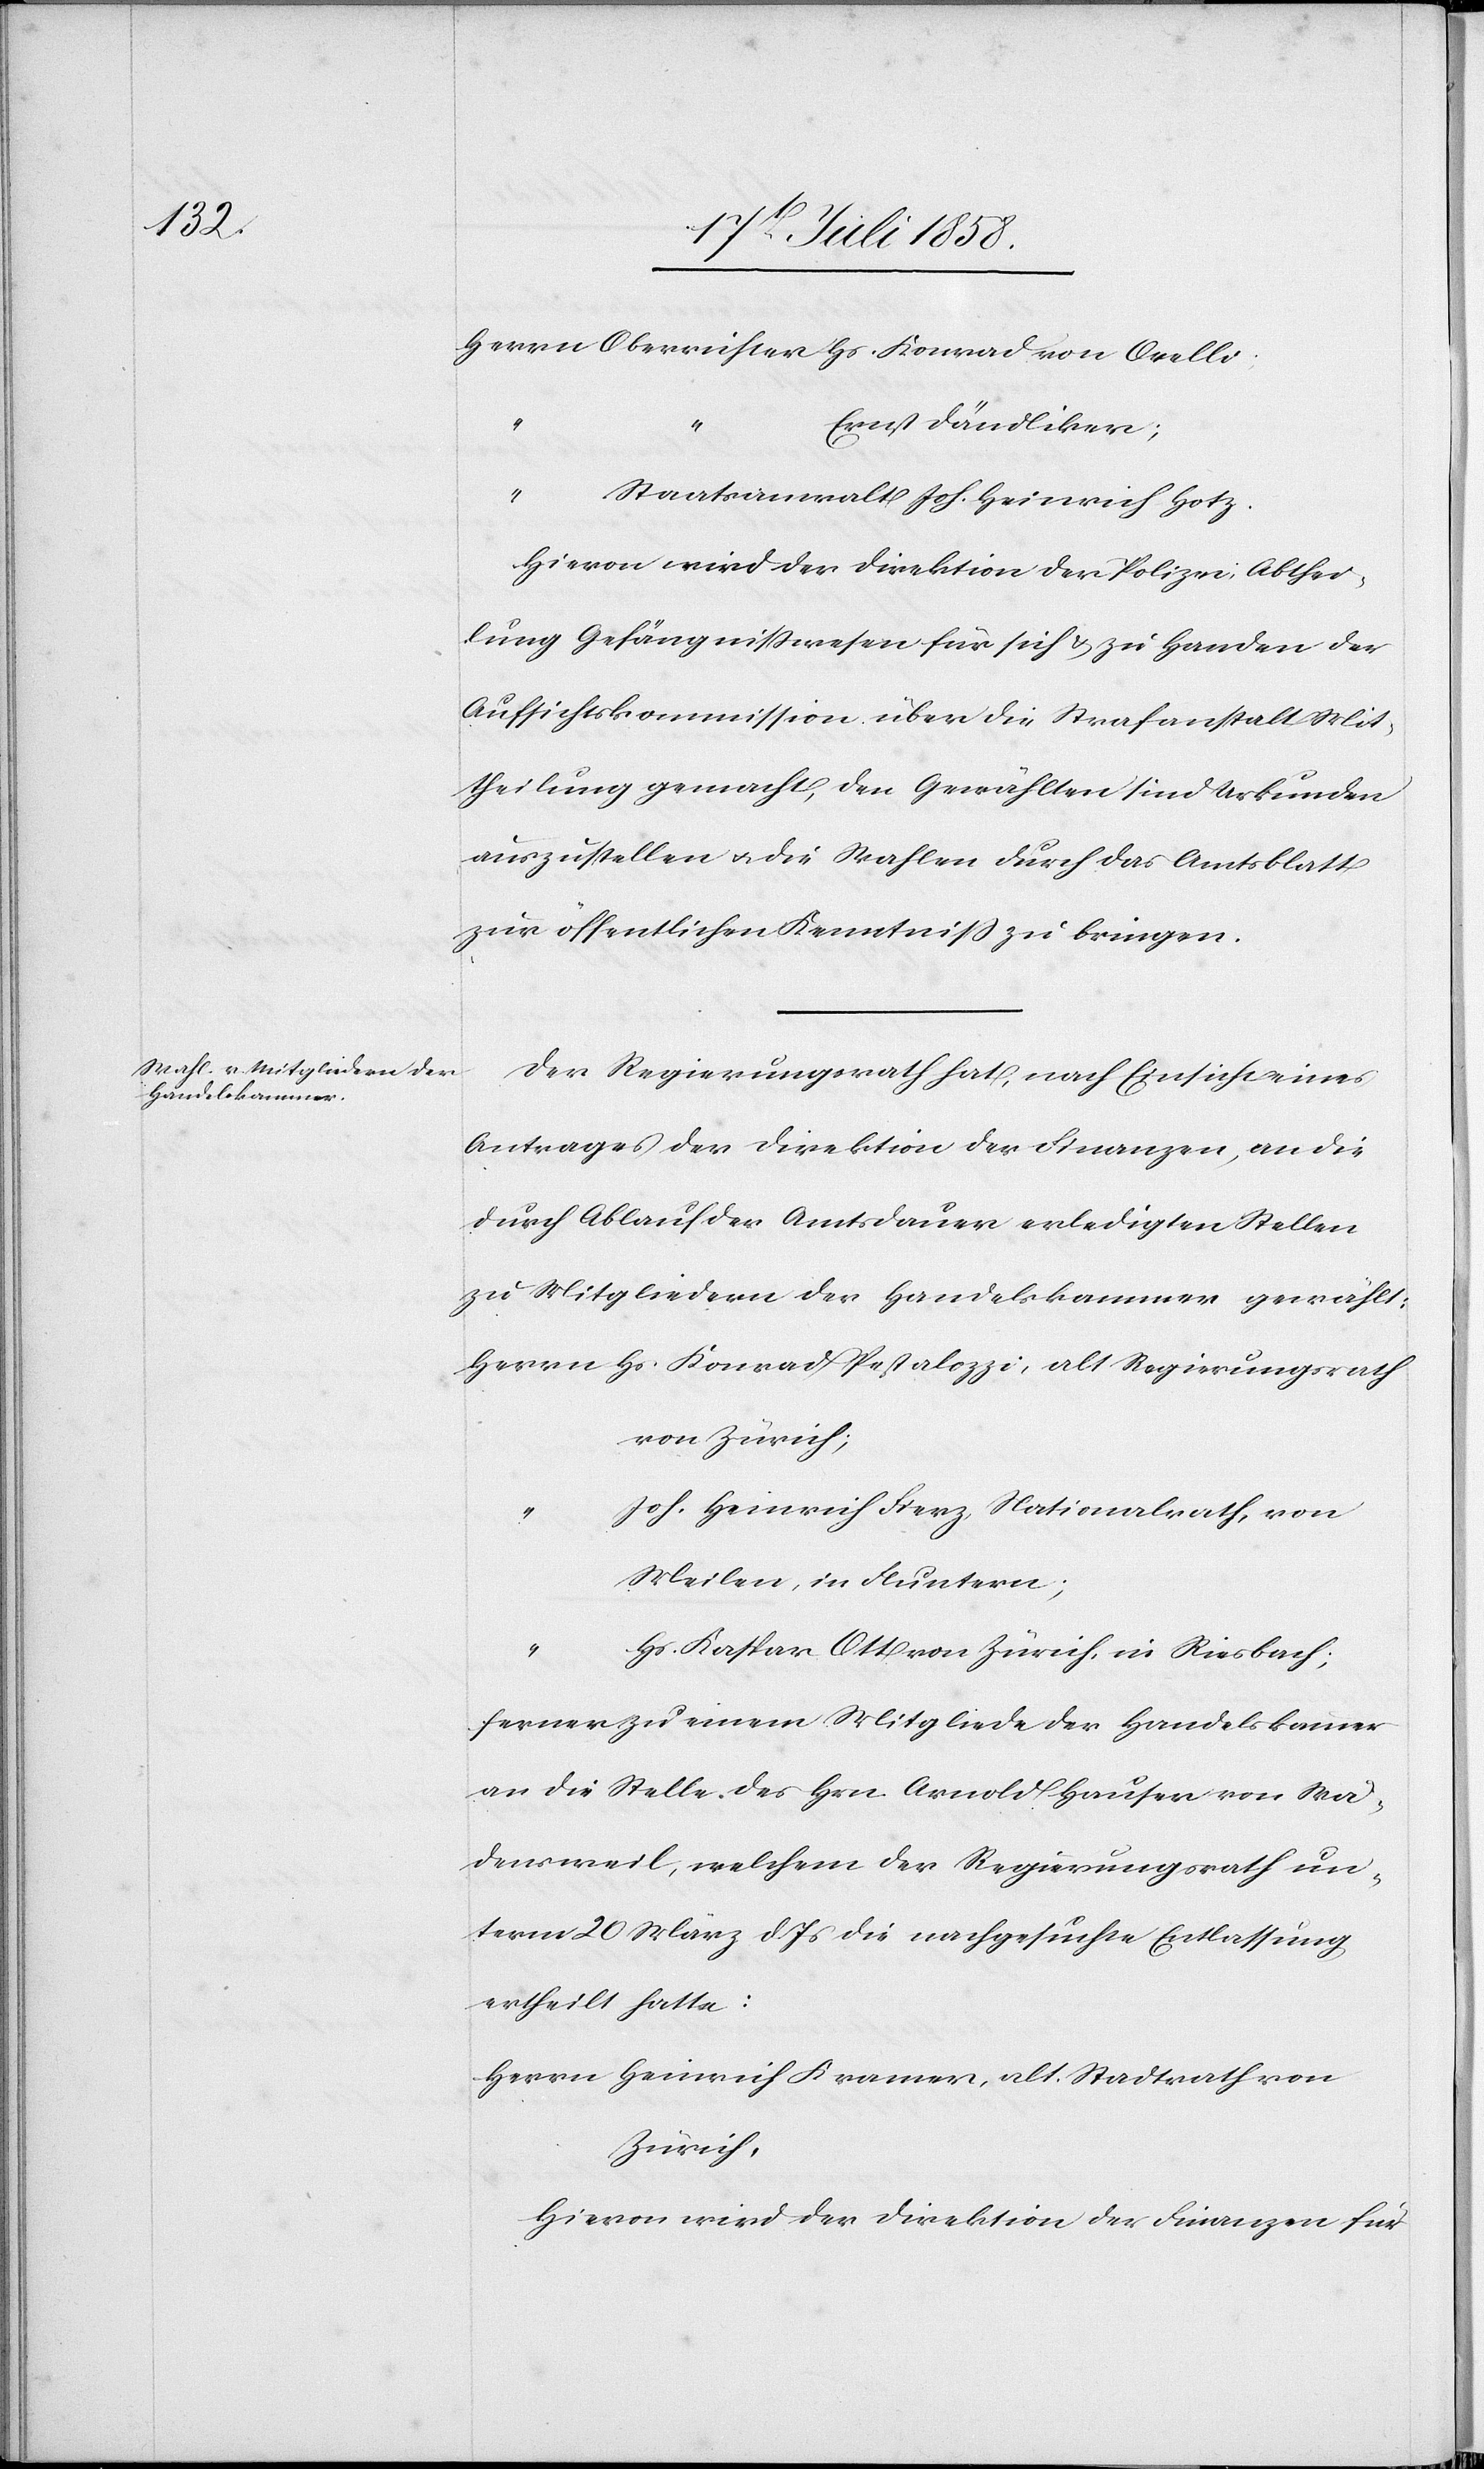
Herrn Oberrichter Hs. Konrad von Orelli;
Ernst Dändliker;
“
Staatsanwalt Joh. Heinrich Hotz.
Hievon wird der Direktion der Polizei, Abthei¬
lung Gefängnisswesen für sich & zu Handen der
Aufsichtskommission über die Strafanstalt Mit¬
theilung gemacht, den Gewählten sind Urkunden
auszustellen & die Wahlen durch das Amtsblatt
zur öffentlichen Kenntniss zu bringen.
Der Regierungsrath hat, nach Einsicht eines
Antrages der Direktion der Finanzen, an die
durch Ablauf der Amtsdauer erledigten Stellen
zu Mitgliedern der Handelskammer gewählt:
Herrn Hs. Konrad Pestalozzi, alt Regierungsrath
von Zürich;
Joh. Heinrich Fierz, Nationalrath, von
Meilen, in Fluntern;
Hs. Kaspar Ott von Zürich, in Riesbach;
ferner zu einem Mitgliede der Handelskammer
an die Stelle des Hrn. Arnold Hauser von Wä¬
densweil, welchem der Regierungsrath un¬
term 20 März d. Js die nachgesuchte Entlassung
ertheilt hatte:
Herrn Heinrich Kramer, alt. Stadtrath von
Zürich;
Hievon wird der Direktion der Finanzen für